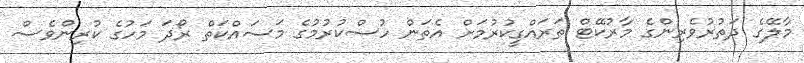
މާލޭގެ ދަތުރުވެރިންގެ މާރުކޭޓް ތަރައްގީކުރުމަށް އެތަން ހުސްކުރުމުގެ މަސައްކަތް ރޯދަ މަހުގެ ކުރިންވެސް